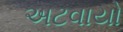
અટવાયો